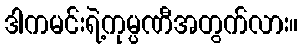
ဒါကမင်းရဲ့ကုမ္ပဏီအတွက်လား။